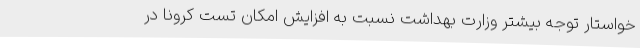
خواستار توجه بیشتر وزارت بهداشت نسبت به افزایش امکان تست کرونا در